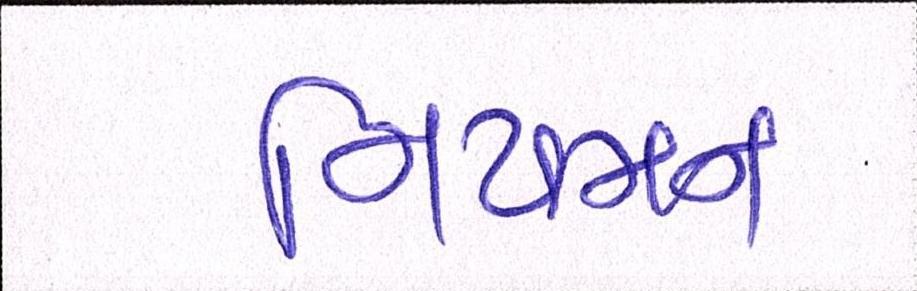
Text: નિયમન